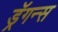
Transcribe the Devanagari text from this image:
ड्रॅगन्स